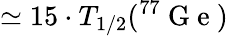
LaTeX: \simeq 15\cdot T_{1/2}(^{77}\mathrm{~G~e~})